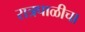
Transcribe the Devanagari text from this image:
रात्रपाळीचा